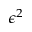
\epsilon ^ { 2 }